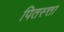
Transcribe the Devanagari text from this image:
पितस्त्ता